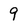
Character: 9